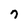
Character: 7